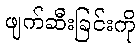
ဖျက်ဆီးခြင်းကို